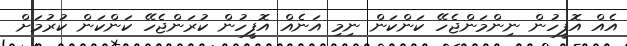
އެއް އޮފީހުން ނިންމަންޖެހޭ ކަންކަން ނިމި އަނެއް އޮފީހުން ކުރަންޖެހޭ ކަންކަން ކުރުމަށް